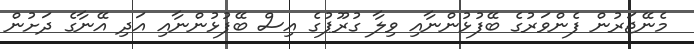
މެނޭޖަރުން ފެންވަރުގެ ބޭފުޅުންނާއި ވިލާ ގުރޫޕުގެ އިސް ބޭފުޅުންނާއި އަދި އޭނާގެ ދަށުން